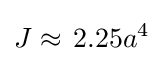
J\approx \,2.25a^{4}